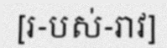
[រ-បស់-រាវ]